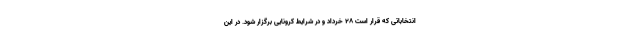
انتخاباتی که قرار است ۲۸ خرداد و در شرایط کرونایی برگزار شود. در این